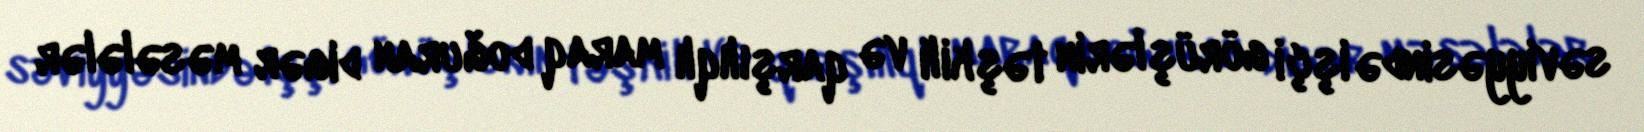
səviyyəsində işçi görüşlərin təşkili və qarşılıqlı maraq doğuran digər məsələlər